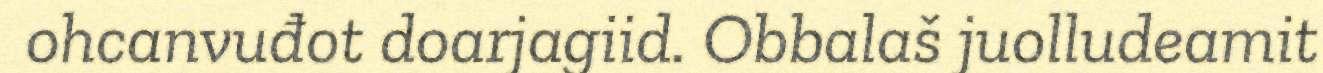
ohcanvuđot doarjagiid. Obbalaš juolludeamit